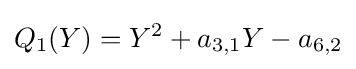
Q_{1}(Y)=Y^{2}+a_{3,1}Y-a_{6,2}